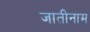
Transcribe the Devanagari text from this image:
जातीनाम